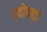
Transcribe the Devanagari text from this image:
एवोगाद्रो